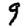
Digit: 9